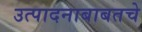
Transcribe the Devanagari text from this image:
उत्पादनाबाबतचे